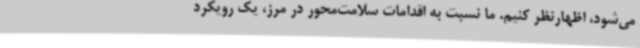
می‌شود، اظهارنظر کنیم. ما نسبت به اقدامات سلامت‌محور در مرز، یک رویکرد